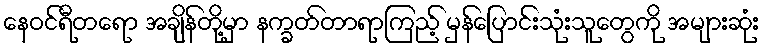
နေဝင်ရီတရော အချိန်တို့မှာ နက္ခတ်တာရာကြည့် မှန်ပြောင်းသုံးသူတွေကို အများဆုံး